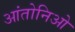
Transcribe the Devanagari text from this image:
आंतोनिओ